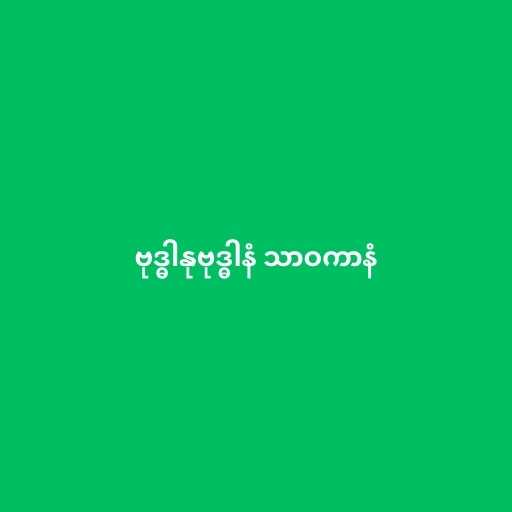
ဗုဒ္ဓါနုဗုဒ္ဓါနံ သာဝကာနံ